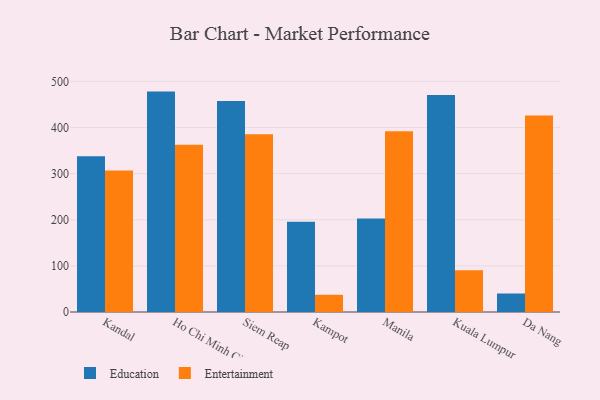
{"axis": {"x": "City", "y": "Production Output"}, "legend": ["Education", "Entertainment"], "data": [{"x": "Kandal", "y": 337.6, "type": "Education"}, {"x": "Kandal", "y": 306.7, "type": "Entertainment"}, {"x": "Ho Chi Minh City", "y": 477.8, "type": "Education"}, {"x": "Ho Chi Minh City", "y": 362.7, "type": "Entertainment"}, {"x": "Siem Reap", "y": 457.5, "type": "Education"}, {"x": "Siem Reap", "y": 385.2, "type": "Entertainment"}, {"x": "Kampot", "y": 195.7, "type": "Education"}, {"x": "Kampot", "y": 37.3, "type": "Entertainment"}, {"x": "Manila", "y": 202.8, "type": "Education"}, {"x": "Manila", "y": 392.0, "type": "Entertainment"}, {"x": "Kuala Lumpur", "y": 470.2, "type": "Education"}, {"x": "Kuala Lumpur", "y": 90.3, "type": "Entertainment"}, {"x": "Da Nang", "y": 40.1, "type": "Education"}, {"x": "Da Nang", "y": 426.0, "type": "Entertainment"}]}